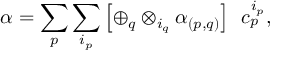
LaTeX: \alpha = \sum _ { p } \sum _ { i _ { p } } \left[ \oplus _ { q } \otimes _ { i _ { q } } \alpha _ { ( p , q ) } \right] \; \, c _ { p } ^ { i _ { p } } ,